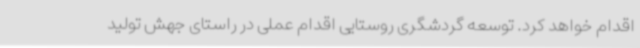
اقدام خواهد کرد. توسعه گردشگری روستایی اقدام عملی در راستای جهش تولید